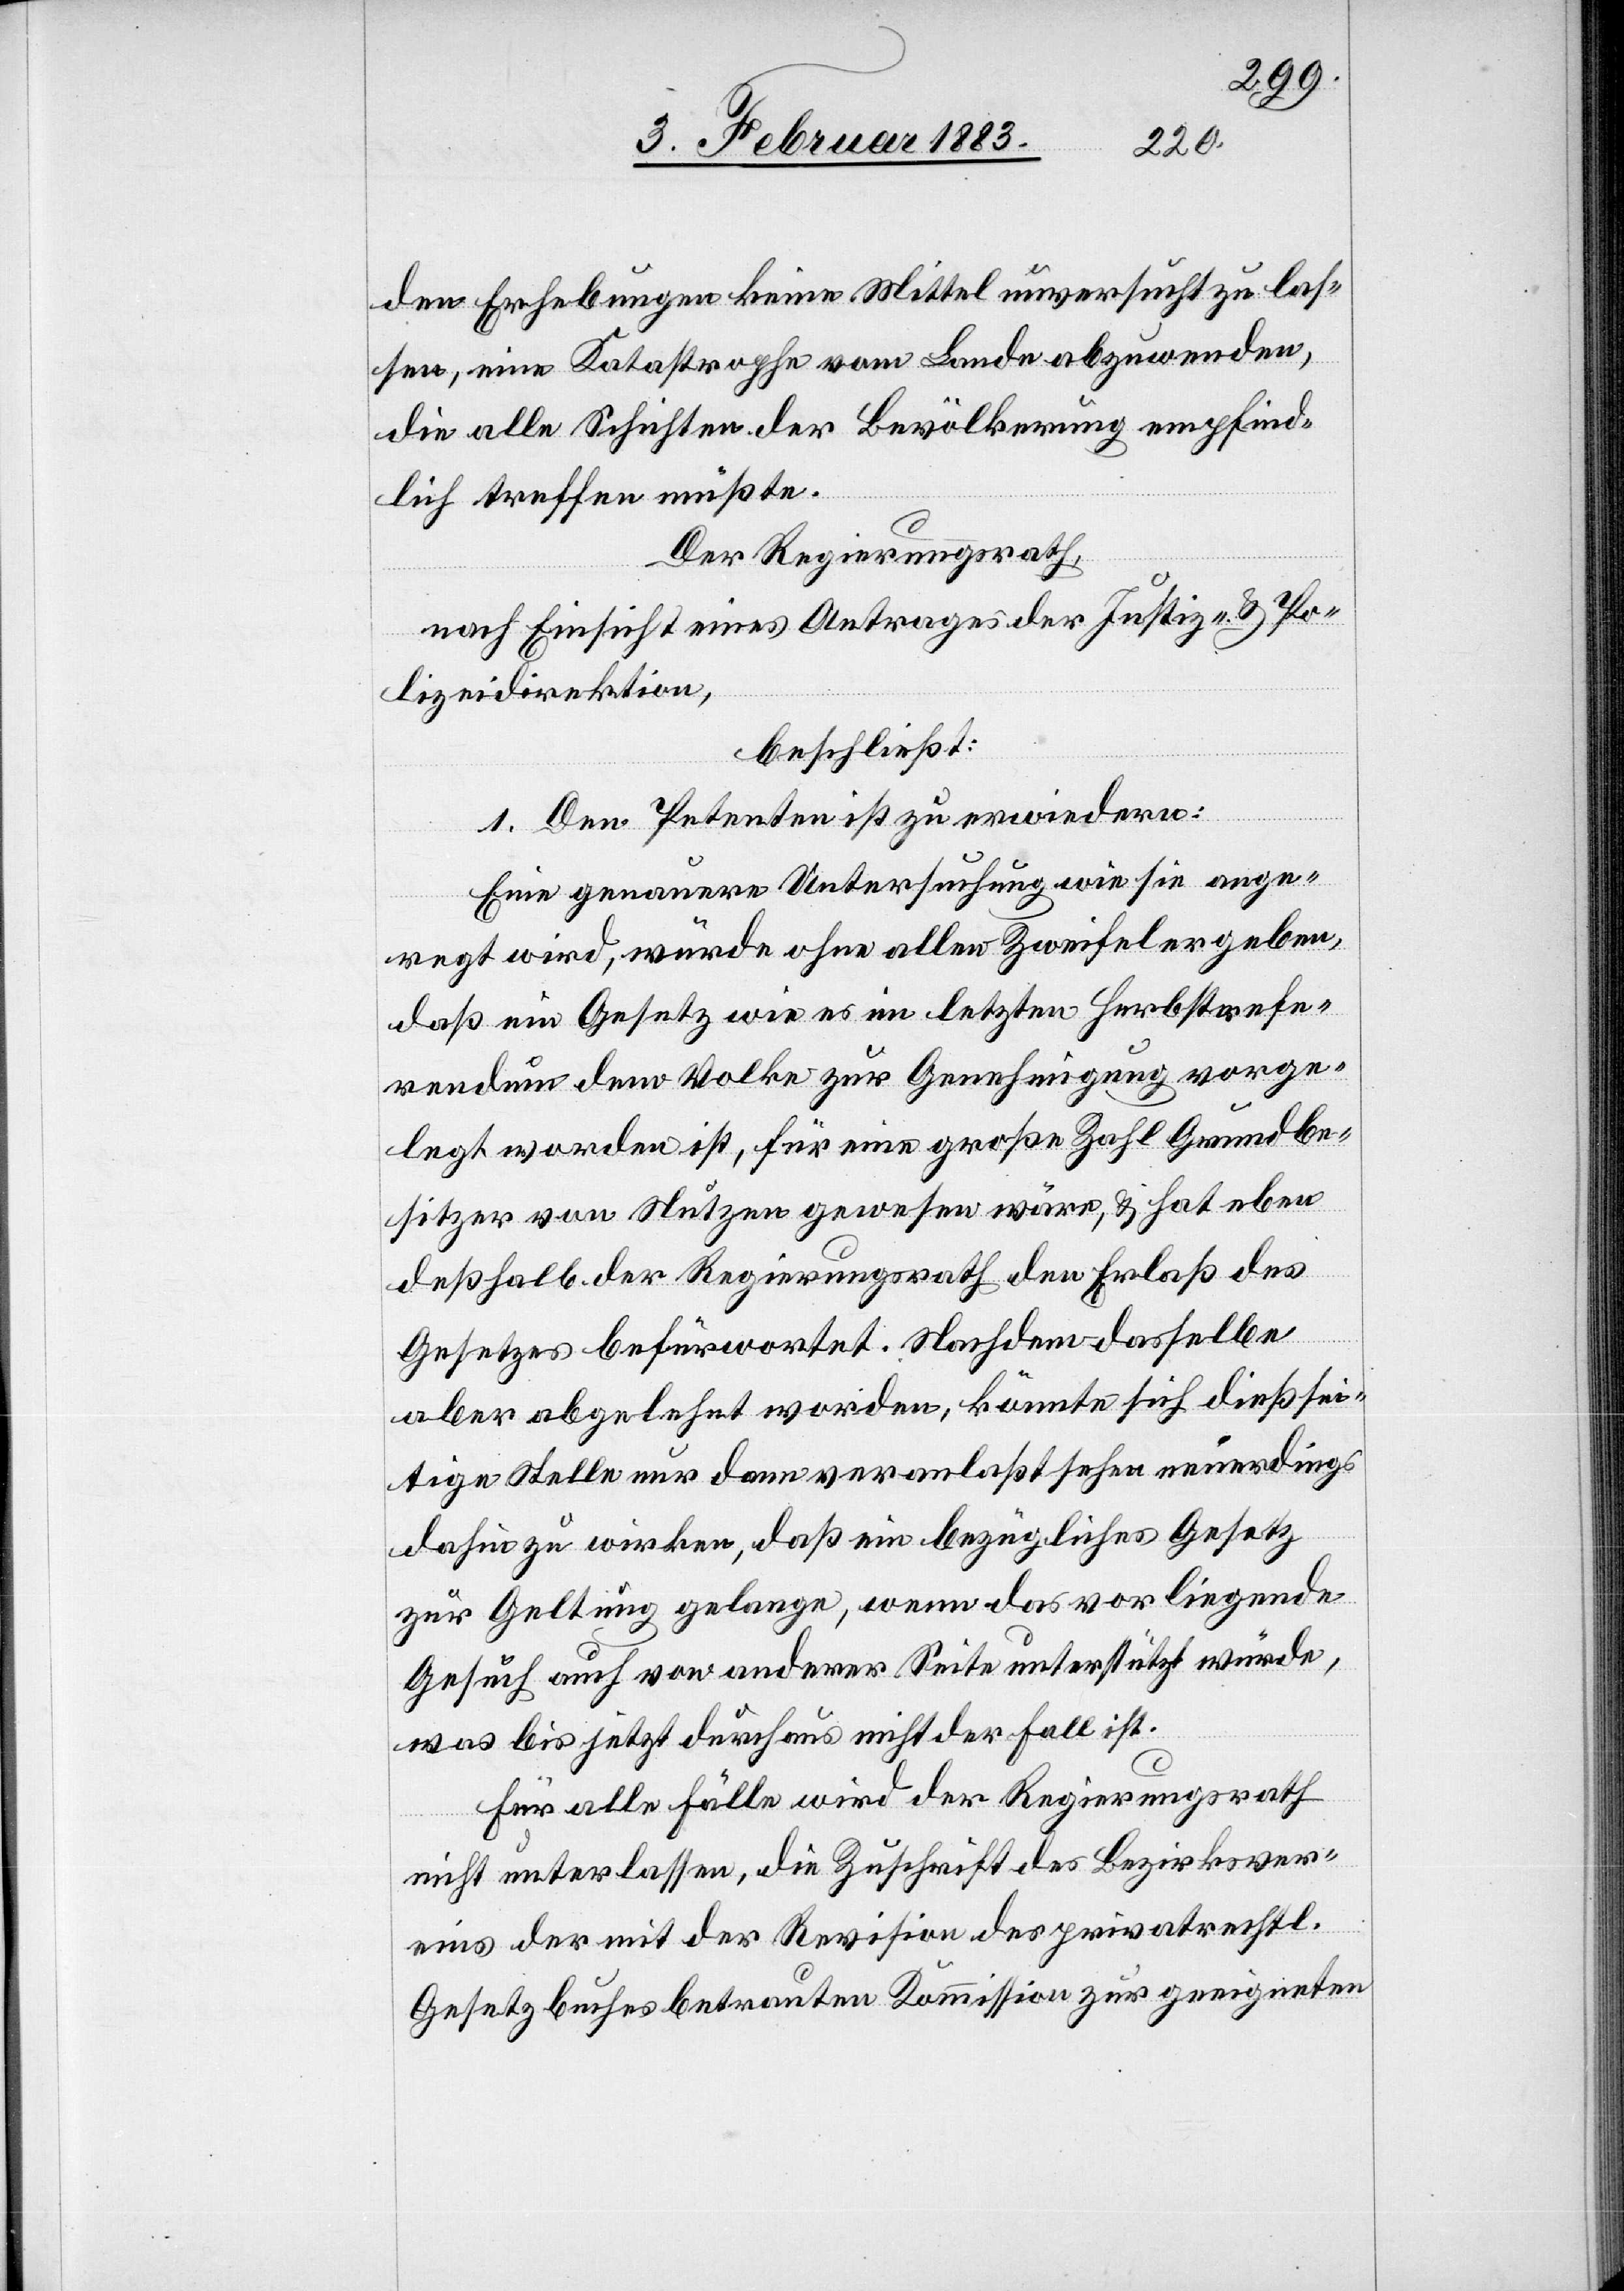
den Erhebungen keine Mittel unversucht zu [s¬
sen, eine Katastrophe vom Lande abzuwenden,
die alle Schichten der Bevölkerung empfind¬
lich treffen müßte.
Der Regierungsrath,
nach Einsicht eines Antrages der Justiz- & Po¬
lizeidirektion,
beschließt:
1. Den Petenten ist zu erwiedern:
Eine genauere Untersuchung wie sie ange¬
regt wird, würde ohne allen Zweifel ergeben,
daß ein Gesetz wie es im letzten Herbstrefe¬
rendum dem Volke zur Genehmigung vorge¬
legt worden ist, für eine große Zahl Grundbe¬
sitzer von Nutzen gewesen wäre, & hat eben
deßhalb der Regierungsrath den Erlaß des
las¬
Gesetzes befürwortet. Nachdem dasselbe
aber abgelehnt worden, könnte sich dießsei¬
tige Stelle nur dann veranlaßt sehen neuerdings
dahin zu wirken, daß ein bezügliches Gesetz
zur Geltung gelange, wenn das vorliegende
Gesuch auch von anderer Seite unterstützt würde,
was bis jetzt durchaus nicht der Fall ist.
Für alle Fälle wird der Regierungsrath
nicht unterlassen, die Zuschrift des Bezirksver¬
eins der mit der Revision des privatrechtl.
Gesetzbuches betrauten Kommission zur geeigneten